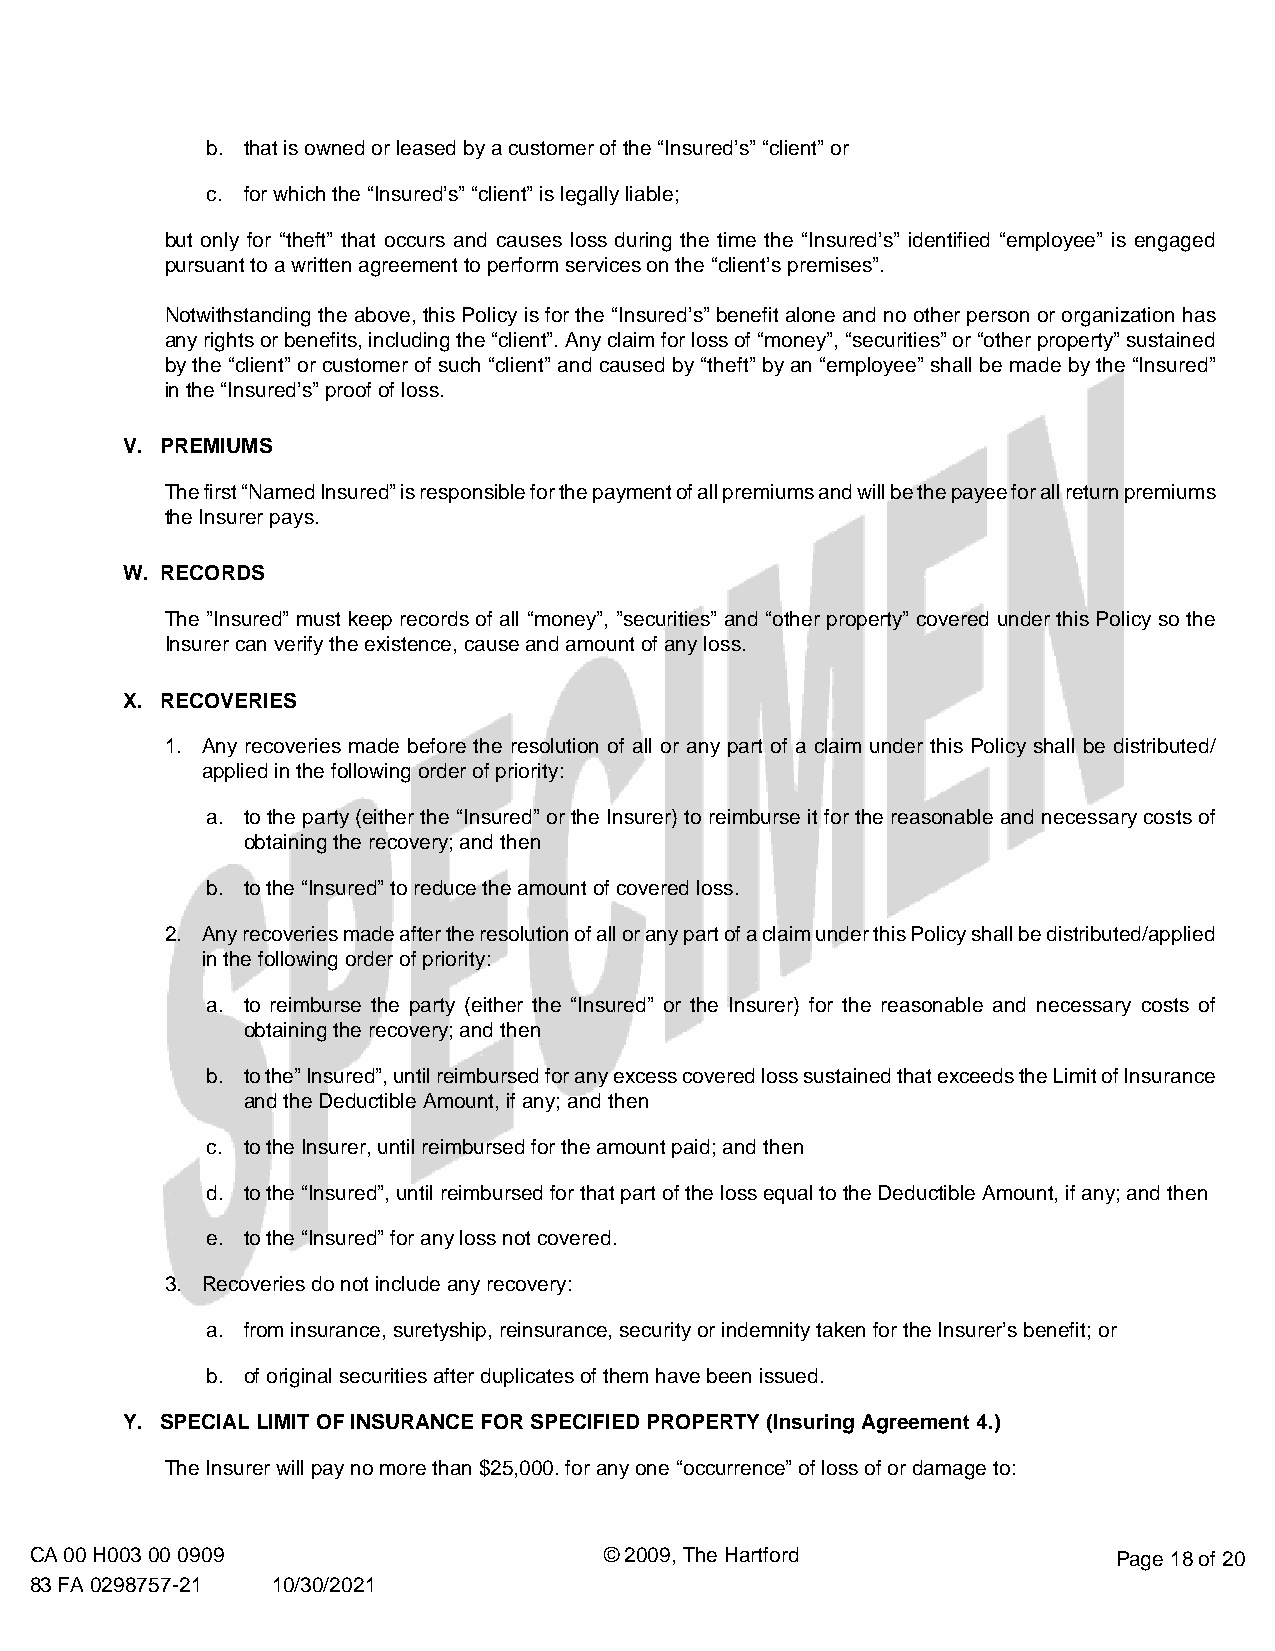
b. that is owned or leased by a customer of the “Insured’s” “client” or
 c. for which the “Insured’s” “client” is legally liable;
 but only for “theft” that occurs and causes loss during the time the “Insured’s” identified “employee” is engaged
 pursuant to a written agreement to perform services on the “client’s premises”.
 Notwithstanding the above, this Policy is for the “Insured’s” benefit alone and no other person or organization has
 any rights or benefits, including the “client”. Any claim for loss of “money”, “securities” or “other property” sustained
 by the “client” or customer of such “client” and caused by “theft” by an “employee” shall be made by the “Insured”
 in the “Insured’s” proof of loss.
 V. PREMIUMS
 The first “Named Insured” is responsible for the payment of all premiums and will be the payee for all return premiums
 the Insurer pays.
 W. RECORDS
 The ”Insured” must keep records of all “money”, ”securities” and “other property” covered under this Policy so the
 Insurer can verify the existence, cause and amount of any loss.
 X. RECOVERIES
 1. Any recoveries made before the resolution of all or any part of a claim under this Policy shall be distributed/
 applied in the following order of priority:
 a. to the party (either the “Insured” or the Insurer) to reimburse it for the reasonable and necessary costs of
 obtaining the recovery; and then
 b. to the “Insured” to reduce the amount of covered loss.
 2. Any recoveries made after the resolution of all or any part of a claim under this Policy shall be distributed/applied
 in the following order of priority:
 a. to reimburse the party (either the “Insured” or the Insurer) for the reasonable and necessary costs of
 obtaining the recovery; and then
 b. to the” Insured”, until reimbursed for any excess covered loss sustained that exceeds the Limit of Insurance
 and the Deductible Amount, if any; and then
 c. to the Insurer, until reimbursed for the amount paid; and then
 d. to the “Insured”, until reimbursed for that part of the loss equal to the Deductible Amount, if any; and then
 e. to the “Insured” for any loss not covered.
 3. Recoveries do not include any recovery:
 a. from insurance, suretyship, reinsurance, security or indemnity taken for the Insurer’s benefit; or
 b. of original securities after duplicates of them have been issued.
 Y. SPECIAL LIMIT OF INSURANCE FOR SPECIFIED PROPERTY (Insuring Agreement 4.)
 The Insurer will pay no more than $25,000. for any one “occurrence” of loss of or damage to:
 CA 00 H003 00 0909                    © 2009, The Hartford              Page 18 of 20
 83 FA 0298757-21 10/30/2021